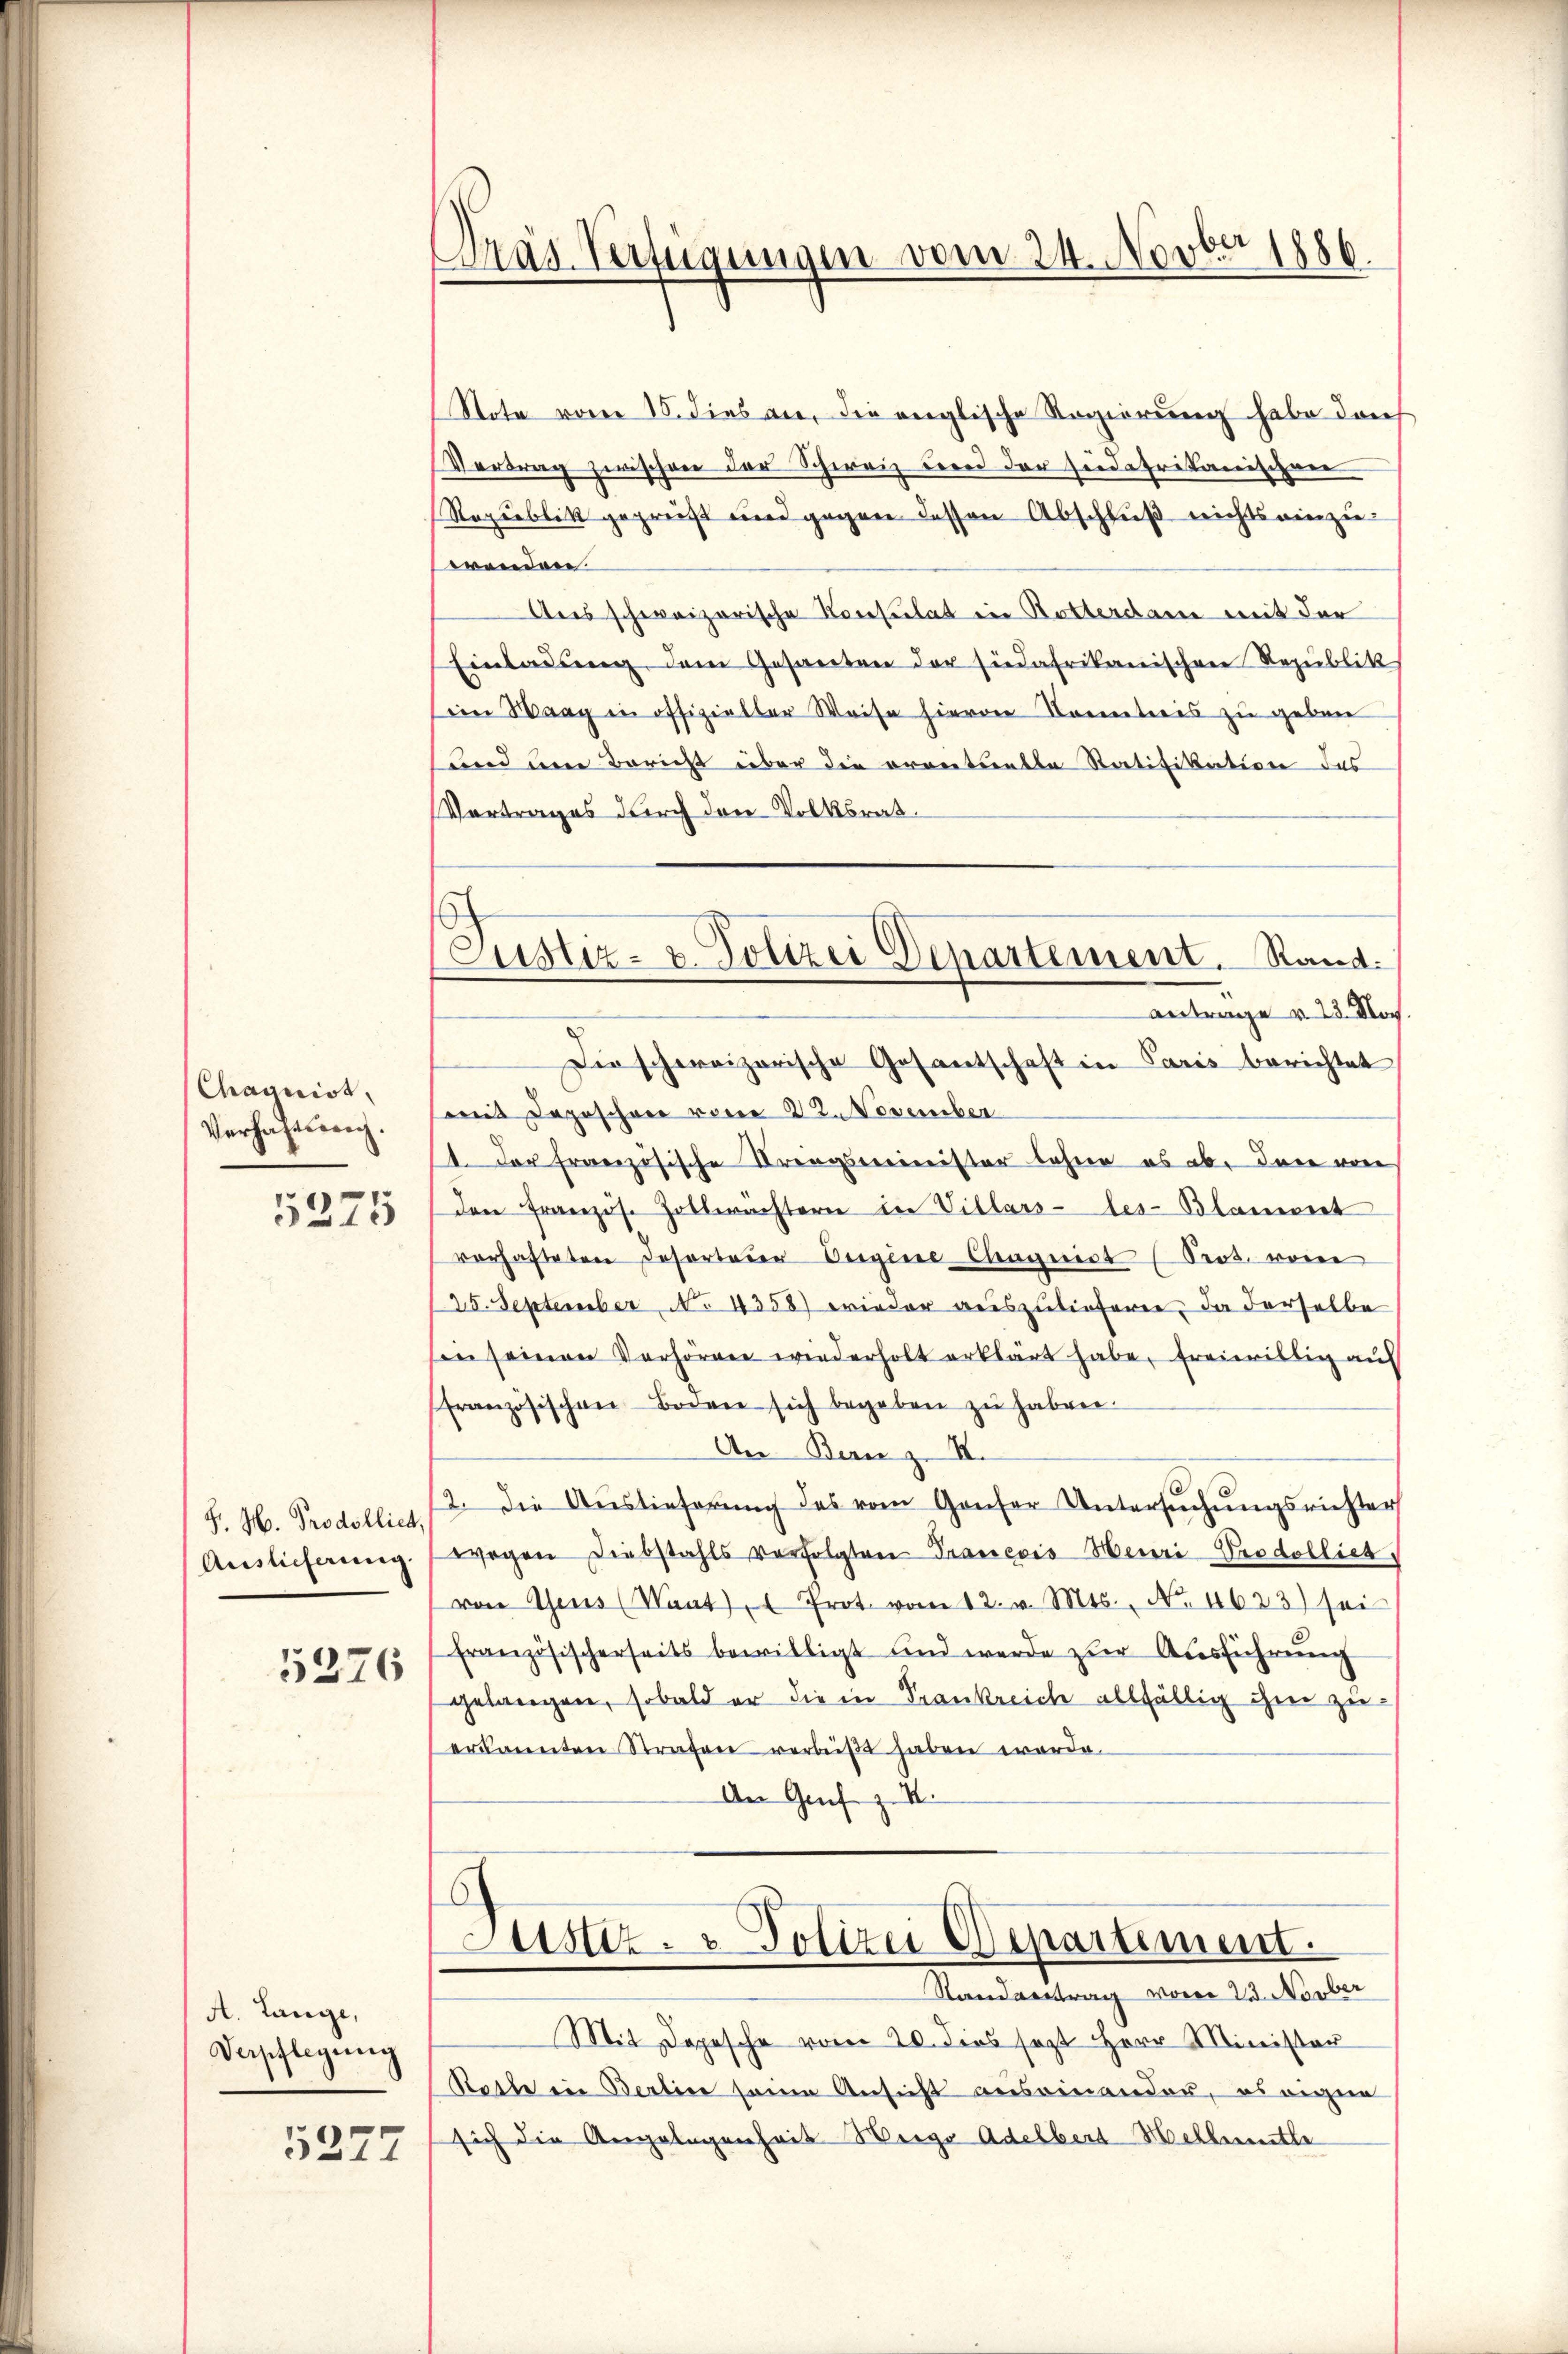
Chagrist,
Verhaftung.
5375

H. H. Prodolliet,
Auslieferung.

5276

A. Lange,
Verpflegung
5377

Dräg Verfügungen vom 24. Novber 1886.

6
Justiz- u. Polizei Departement. Rand.

Note vom 18. dies an, die englische Regierung habe darf
Vortrag zwischen der Schweiz der der Fuedafrikanischen
Republik gegreift und gegen dessen Abschluß nichts einzu-
wenden.
Aus schweizerische Konsulat in Rotterdame mit der
Einladŭng dem Gesanten der südafrikanischen Republik
in Waag in offizieller Weise hievon Kontreis zu geben
Hand um Bericht über die eventuelle Ratifikation das
Vertrages durch den Volksrat.
antrage v. 23. Noch.
Die schweizerische Gesantschaft in Paris berichtet
mit Deposchen vom 22. November
1 der Französische Kriegsminister bahne es ab. Dann von
den Französ. Zollwachtern in Villars-les-Blammet
vorhafteten Insorteier begine Chagrist (Pros. vom
25. September, No 4358) wieder auszulieferne. Da derselbe
sin seinen Verhörner wiederholt erklärt habe, freiwillig au
französischen Boden sich begeben zŭ haben.
An Bern z. B.
2. Die Auslieferŭng des vom Ganter Untersŭchŭngsrichter
wogen Diebstahls verfolgten Trancois Meuri Prodelliet
von Theus (Want Prot. vom 12. v. Mts., No. 4623) sei
französischerseits bewilligt und werde zur Ausführung
gelangen, sobald er die in Trankreich allfällig ihm zuerkannten Strafen verbüßt haben worde.
An Genf z. B.

Justiz- & Polizei Departement.
Standvertrag vom 23. Novber

Mit Depesche vom 20. dies sagt Herr Minister
Statte in Berline seine Ansicht auseinander, es eigne
sich die Angelegenheit Weige Adelbert Mehlermitte